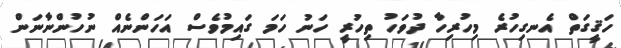
ހަޤީގަތް އެނގިހުރެ މިހުރިހާ ދުވަހު ތިހުރީ ހަނު ހަމަ ގައިމުވެސް އަހަންނެއް ނުހުންނާނަން